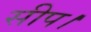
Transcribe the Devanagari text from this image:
सीप।